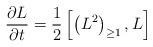
LaTeX: \begin{align*}{\partial L\over \partial t} = {1\over2}\left[\left(L^{2}\right)_{\geq 1} , L \right]\end{align*}